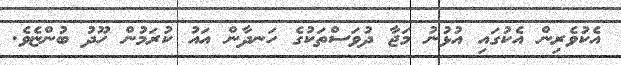
އެކުވެރިން އެކުގައި އުޅުނު މަޖާ ދުވަސްތަކުގެ ހަނދާން އައު ކުރަމުން ހޫދު ބުންޏެވެ.